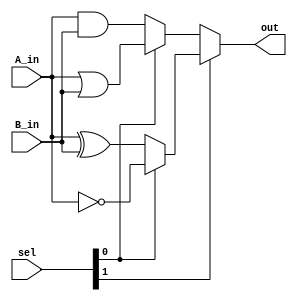
module logic_unit ( 
    input  wire [31:0] A_in,
    input  wire [31:0] B_in,
    input  wire [1:0]  sel,
    output      [31:0] out
 );

    assign out = sel[1] ? (sel[0] ? ~A_in : A_in ^ B_in) : (sel[0] ? A_in | B_in : A_in & B_in);
endmodule